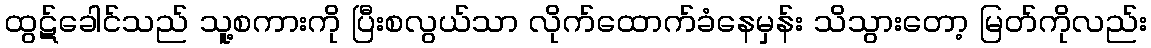
ထွဋ်ခေါင်သည် သူ့စကားကို ပြီးစလွယ်သာ လိုက်ထောက်ခံနေမှန်း သိသွားတော့ မြတ်ကိုလည်း